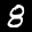
Label: 8